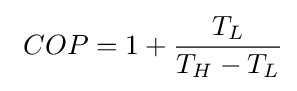
\ COP=1+{\frac {T_{L}}{T_{H}-T_{L}}}